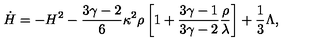
\dot { H } = - H ^ { 2 } - \frac { 3 \gamma - 2 } { 6 } \kappa ^ { 2 } \rho \left[ 1 + \frac { 3 \gamma - 1 } { 3 \gamma - 2 } \frac { \rho } { \lambda } \right] + \frac { 1 } { 3 } \Lambda ,